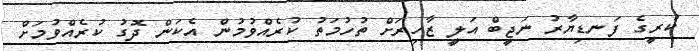
ކުރީގެ ފަނޑިޔާރު ނަޖީބް އަލީ ޒާހިރަށް ތުހުމަތު ކުރެއްވުމުން އެކަން ދޮގު ކުރެއްވުމަށް